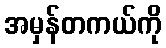
အမှန်တကယ်ကို